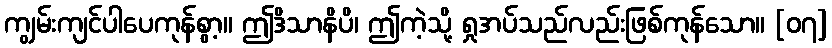
ကျွမ်းကျင်ပါပေကုန်စွာ့။ ဤဒိသာနိပိ၊ ဤကဲ့သို့ ရှုအပ်သည်လည်းဖြစ်ကုန်သော။ [၀၇]